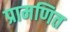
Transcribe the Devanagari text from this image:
प्रामणित